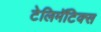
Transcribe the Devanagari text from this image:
टेलिमॅटिक्स